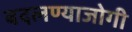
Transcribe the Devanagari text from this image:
बदलण्याजोगी